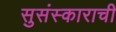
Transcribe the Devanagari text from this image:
सुसंस्काराची